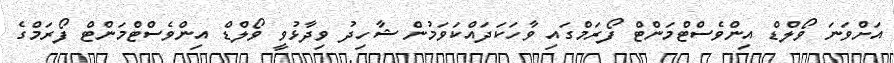
އަށްވަނަ ވޯލްޑް އިންވެސްޓްމަންޓް ފޯރަމްގައި ވާހަކަދައްކަވަމުން ޝާހިދު ވިދާޅުވީ ވޯލްޑް އިންވެސްޓްމަންޓް ފޯރަމްގެ